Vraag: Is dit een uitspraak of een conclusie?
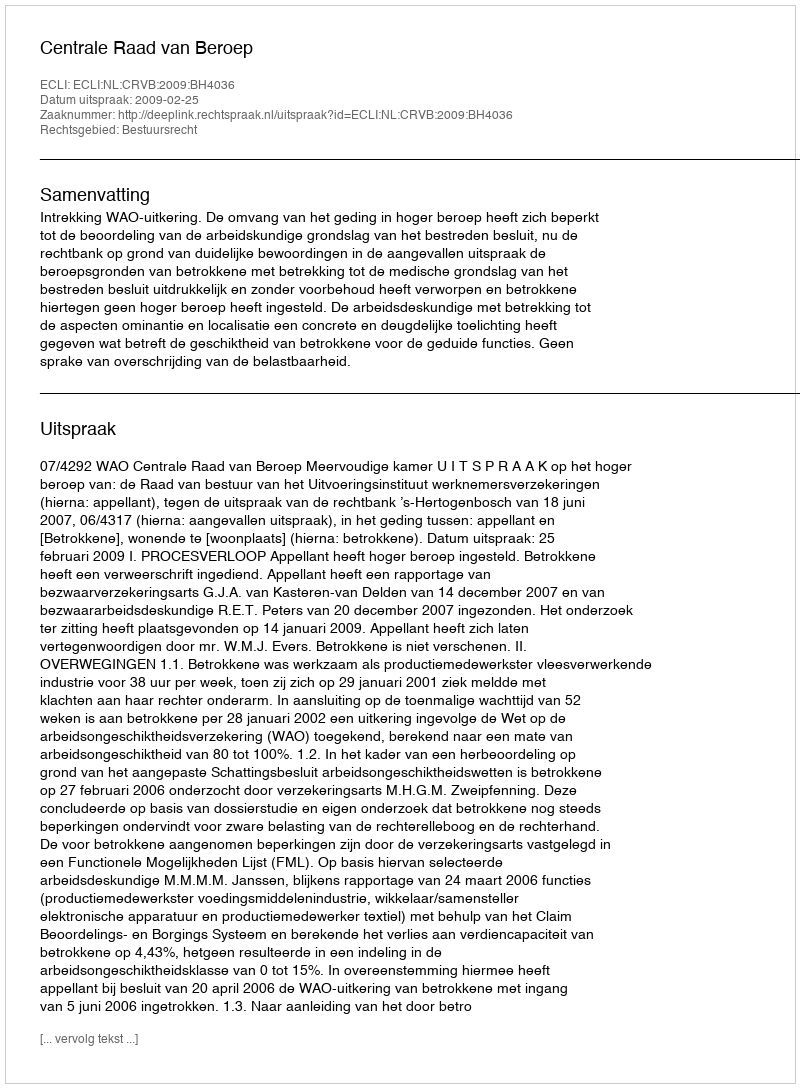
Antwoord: Uitspraak